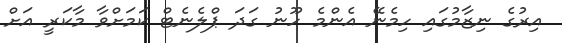
އިރުގެ ނިޒާމުގައި ހިމެނޭ އެންމެ ހޫނު ގަަދަ ޕްލެނެޓް ކަމަށްވާ މާކަރީ އަށް